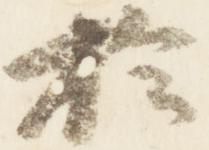
於